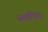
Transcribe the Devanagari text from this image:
सर्वाधिपः